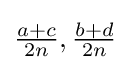
{\tfrac {a+c}{2n}},{\tfrac {b+d}{2n}}